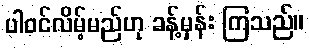
ပါဝင်လိမ့်မည်ဟု ခန့်မှန်း ကြသည်။